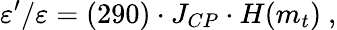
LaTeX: {\varepsilon^{\prime}/\varepsilon}=(290)\cdot J_{CP}\cdot H(m_{t})\ ,